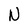
Character: N